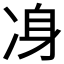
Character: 𠗏